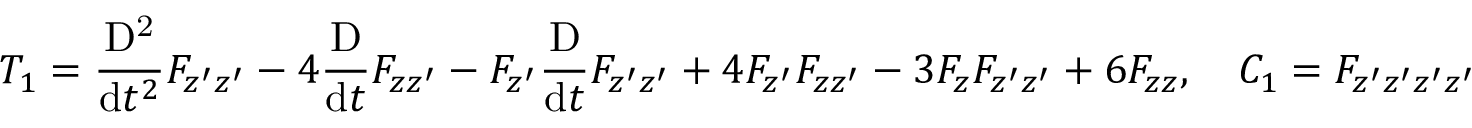
T _ { 1 } = \frac { \mathrm { D ^ { 2 } } } { \mathrm { d } t ^ { 2 } } F _ { z ^ { \prime } z ^ { \prime } } - 4 \frac { \mathrm { D } } { \mathrm { d } t } F _ { z z ^ { \prime } } - F _ { z ^ { \prime } } \frac { \mathrm { D } } { \mathrm { d } t } F _ { z ^ { \prime } z ^ { \prime } } + 4 F _ { z ^ { \prime } } F _ { z z ^ { \prime } } - 3 F _ { z } F _ { z ^ { \prime } z ^ { \prime } } + 6 F _ { z z } , \quad C _ { 1 } = F _ { z ^ { \prime } z ^ { \prime } z ^ { \prime } z ^ { \prime } }